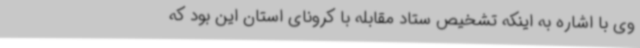
وی با اشاره به اینکه تشخیص ستاد مقابله با کرونای استان این بود که